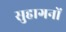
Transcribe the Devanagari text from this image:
सुहागनों